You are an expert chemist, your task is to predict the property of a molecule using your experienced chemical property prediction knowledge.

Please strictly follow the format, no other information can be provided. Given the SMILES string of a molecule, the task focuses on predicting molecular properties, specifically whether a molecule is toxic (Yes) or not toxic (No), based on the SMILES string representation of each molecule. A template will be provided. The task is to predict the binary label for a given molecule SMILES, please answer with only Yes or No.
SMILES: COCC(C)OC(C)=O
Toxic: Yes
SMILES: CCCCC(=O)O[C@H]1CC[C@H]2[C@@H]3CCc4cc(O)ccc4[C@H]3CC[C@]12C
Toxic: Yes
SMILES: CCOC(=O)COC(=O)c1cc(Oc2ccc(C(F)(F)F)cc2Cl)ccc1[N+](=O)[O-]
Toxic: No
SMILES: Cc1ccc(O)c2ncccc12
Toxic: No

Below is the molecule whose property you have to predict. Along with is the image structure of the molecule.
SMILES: Nc1ccc(/N=N/c2ccccc2)cc1
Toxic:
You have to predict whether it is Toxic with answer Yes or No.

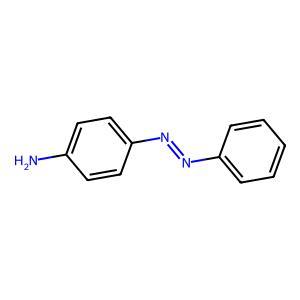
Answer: No